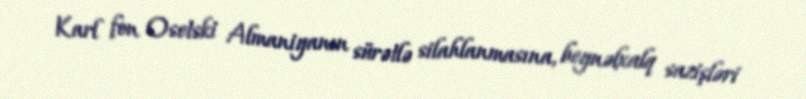
Karl fon Osetski Almaniyanın sürətlə silahlanmasına, beynəlxalq sazişləri